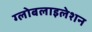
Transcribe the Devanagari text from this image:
ग्‍लोबलाइलेशन